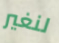
لنغير